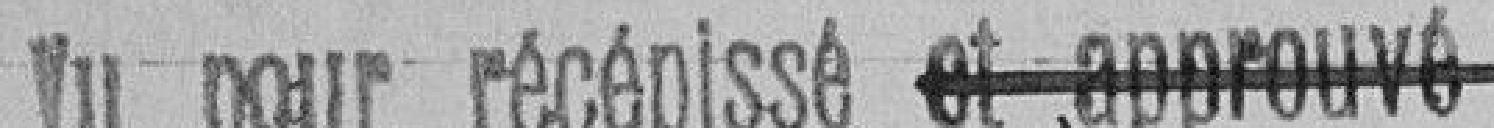
Vu pour récepissé et approuvé